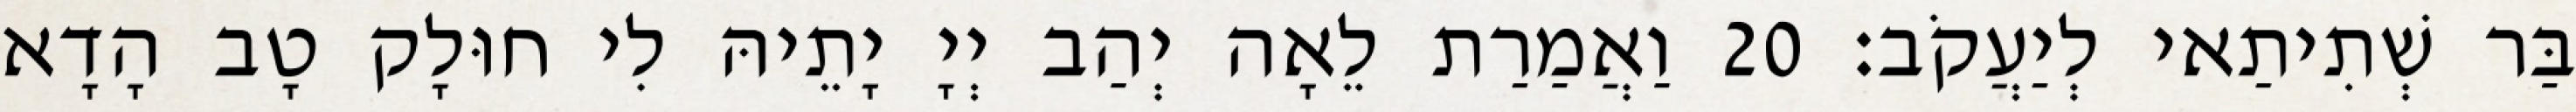
בַּר שְׁתִיתַאי לְיַעֲקֹב׃ 20 וַאֲמַרַת לֵאָה יְהַב יְיָ יָתֵיהּ לִי חוּלָק טָב הָדָא